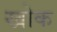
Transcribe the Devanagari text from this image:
खोक